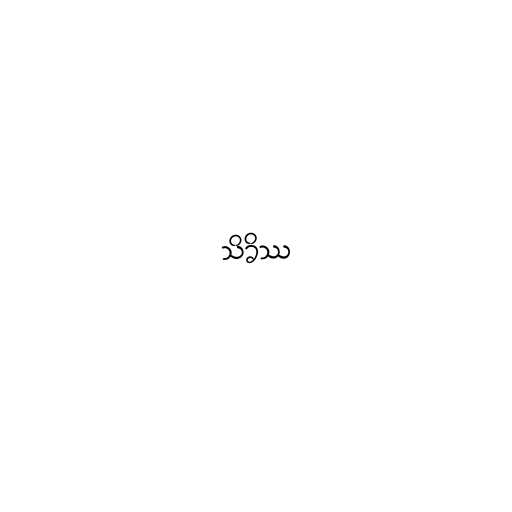
သိခိဿ